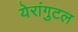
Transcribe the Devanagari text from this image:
येरांगुटल